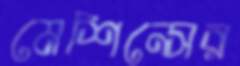
মেশিন্সের